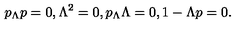
p _ { \Lambda } p = 0 , \Lambda ^ { 2 } = 0 , p _ { \Lambda } \Lambda = 0 , 1 - \Lambda p = 0 .